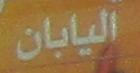
اليابان